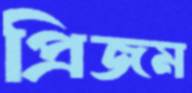
প্রিজম